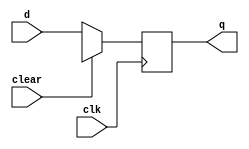
module D_FF(d,clk,clear,q);
parameter n=16;
input [n-1:0]d;
input clk,clear;
output reg [n-1:0]q;
always @(negedge clk)
begin
if(clear==1)
q<=16'bx;
else
q<=d;
end
endmodule